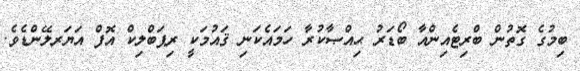
ބިމުގެ ގޮތުން ބްރިޓެއިންއާ ބޯޑަރު ޙިއްޞާކުރާ ހަމައެކަނި ޤައުމަކީ ރިޕަބްލިކް އޮފް އަޔަރލޭންޑެވެ.